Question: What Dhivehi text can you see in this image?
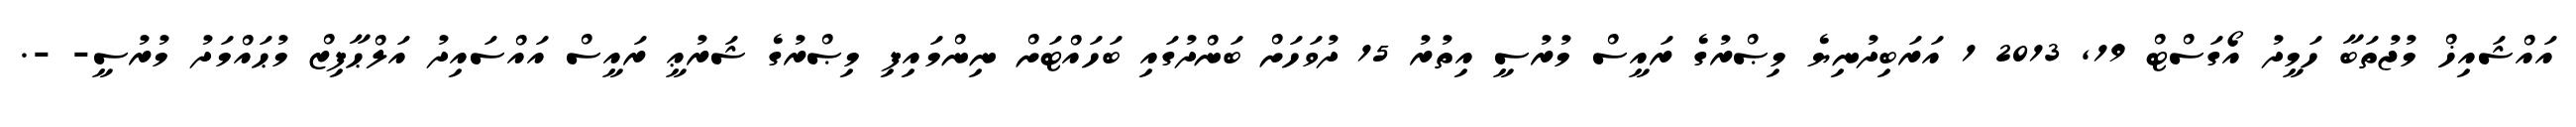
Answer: އައްޝައިޚް މުޖުތަބާ ހަމީދު އޯގަސްޓް 19, 2013 1 އަރަބިދުނިޔެ މިޞްރުގެ ރައީސް މުރުސީ އިތުރު 15 ދުވަހަށް ބަންދުގައި ބަހައްޓަށް ނިންމައިފި މިޞްރުގެ ޝަރުޢީ ރައީސް އައްސައިދު އަލްޙާފިޒް މުޙައްމަދު މުރުސީ- -.